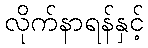
လိုက်နာရန်နှင့်